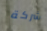
شركة